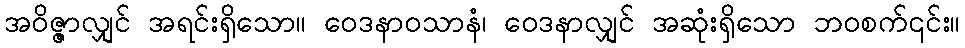
အဝိဇ္ဇာလျှင် အရင်းရှိသော။ ဝေဒနာဝသာနံ၊ ဝေဒနာလျှင် အဆုံးရှိသော ဘဝစက်၎င်း။